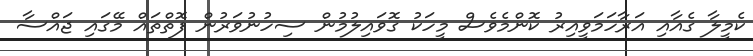
ކެމީލާ ގެއާއި އަރާހަމަވީއިރު ކޮންމެވެސް މީހަކު ގޮވައިލުމުން ސިހުނުވަރުން ފޮތްތައް މޭގައި ޖައްސާ